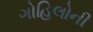
ગોહિલોની